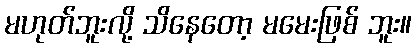
မဟုတ်ဘူးလို့ သိနေတော့ မမေးဖြစ် ဘူး။